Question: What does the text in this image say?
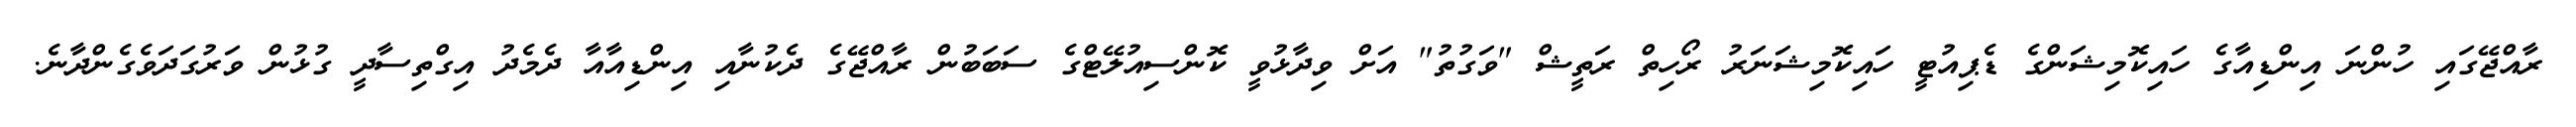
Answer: ރާއްޖޭގައި ހުންނަ އިންޑިއާގެ ހައިކޮމިޝަންގެ ޑެޕިއުޓީ ހައިކޮމިޝަނަރު ރޯހިތް ރަތީޝް "ވަގުތު" އަށް ވިދާޅުވީ ކޮންސިއުލޭޓްގެ ސަބަބުން ރާއްޖޭގެ ދެކުނާއި އިންޑިއާއާ ދެމެދު އިގްތިސާދީ ގުޅުން ވަރުގަދަވެގެންދާނެ.